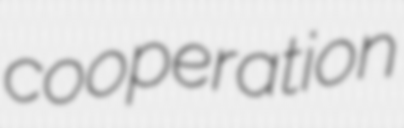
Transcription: cooperation